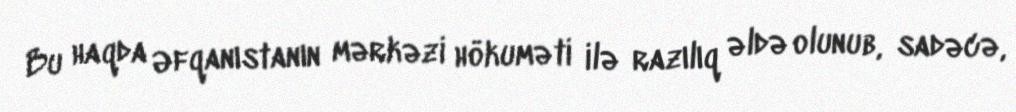
Bu haqda Əfqanıstanın mərkəzi hökuməti ilə razılıq əldə olunub, sadəcə,